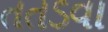
તતડવા